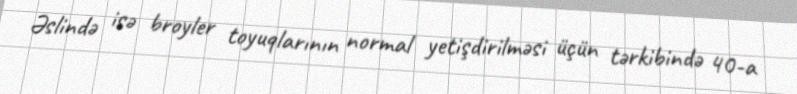
Əslində isə broyler toyuqlarının normal yetişdirilməsi üçün tərkibində 40-a